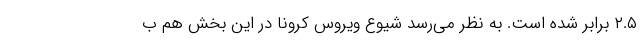
۲.۵ برابر شده است. به نظر می‌رسد شیوع ویروس کرونا در این بخش هم ب